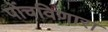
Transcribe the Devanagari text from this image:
पोंचविणारा